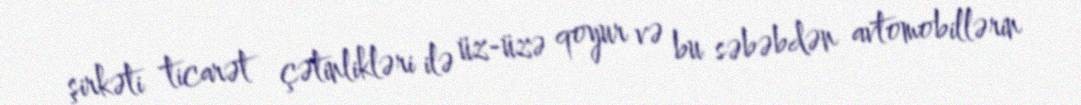
şirkəti ticarət çətinlikləri ilə üz-üzə qoyur və bu səbəbdən avtomobillərin